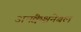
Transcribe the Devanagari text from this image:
अनक्वैश्चनेबल